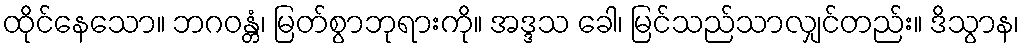
ထိုင်နေသော။ ဘဂဝန္တံ၊ မြတ်စွာဘုရားကို။ အဒ္ဒသ ခေါ၊ မြင်သည်သာလျှင်တည်း။ ဒိသွာန၊